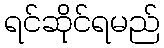
ရင်ဆိုင်ရမည်